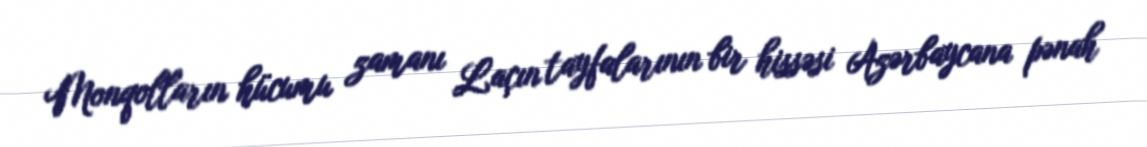
Monqolların hücumu zamanı Laçın tayfalarının bir hissəsi Azərbaycana pənah